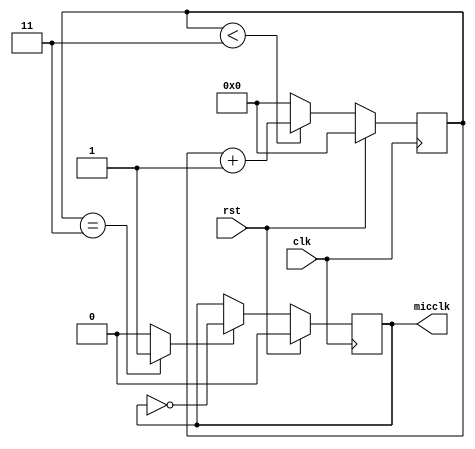
/*
Clock prescaler for MEMS microphones MPW-2
It multiplies the system clock period by a natural number in a range 
of 1:255. 
*/
module Mic_Clk(
    input  wire clk,
    input  wire rst,
    output wire micclk);
  
  reg micclk_t;
  reg [7:0] count;
  wire [7:0] limit;
  wire en;

  // externalize this register to be configurable via WishBone
  assign limit = 8'h03;
  
  assign en = count == limit ? 1'b1 : 1'b0;
  assign micclk = micclk_t;
  
  always@(posedge clk) begin
    if(rst ==1'b1) 
    begin
      count <= 8'h00;
      micclk_t <= 0;
    end
    else  
    begin
      if(count < limit)
      	count <= count + 1'b1;
      else 
        count <= 8'h00;
      if( en == 1'b1)
        micclk_t <= ~micclk_t;
    end
  end
      
endmodule